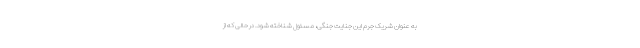
به عنوان شریک جرم این جنایت جنگی، مسئول شناخته شود. در حالی که از